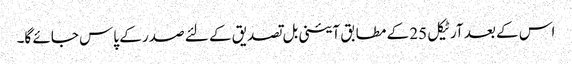
اس کے بعد آرٹیکل 25 کے مطابق آئینی بل تصدیق کے لئے صدر کے پاس جائے گا۔